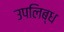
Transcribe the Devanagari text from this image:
उपलिब्ध